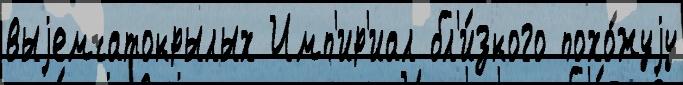
выjемчатокрылых Имп'ир'иал бл'и́зкого похо́жуjу